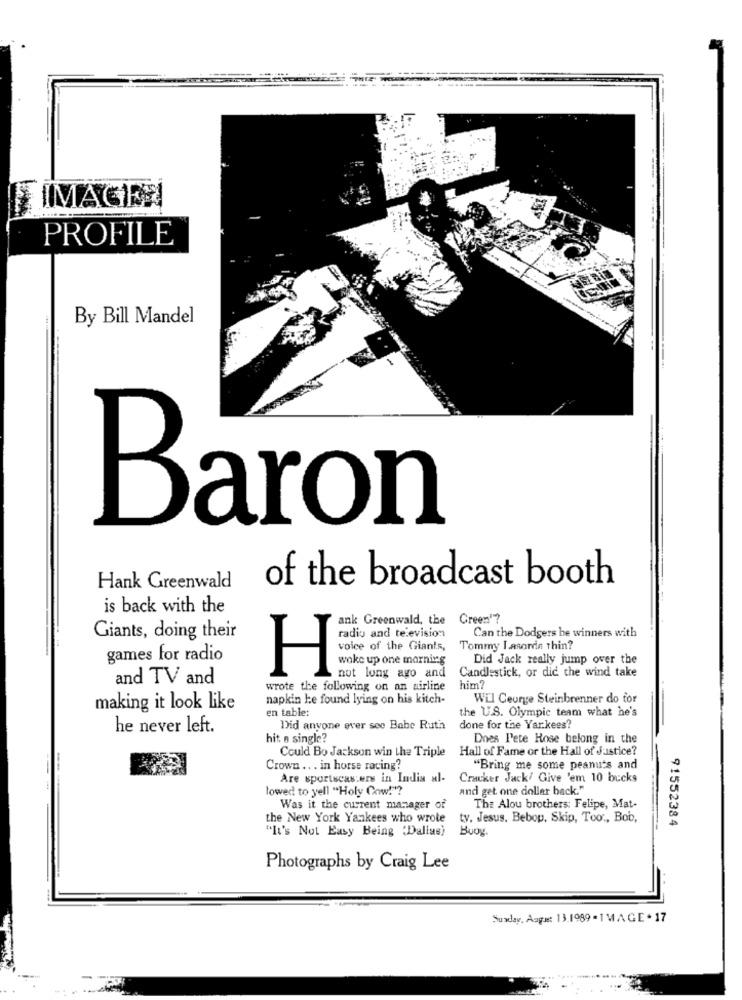
IMAGEN
PROFILE
By Bill Mandel
Baron
of the broadcast booth
Hank Greenwald
is back with the
ank Greenwald, the
Green"?
radio and television
Can the Dodgers be winners with
Giants, doing their
voice of the Giants,
Tommy Lasorda thin?
games for radio
woke up one morning
Did Jack really jump over the
Candlestick, or dic the wind take
and TV and
H
not long ago and
wrote the following on an airline
him?
napkin he found lying on his kitch-
Wil Ceurge Steinbrenner do tor
making it look like
en table:
the U.S. Olympic team what he's
he never left.
Did anyone over see Babe Ruth
done for the Yar.kees?
hit a single?
Dnes Pete Rose belong in the
Hall of Fame or the Hall of Justice?
Could Bo Jackson win the Triple
Crown .. . in horse racing?
"Bring me some peanuts and
Are sportscasters in India al-
Cracker Jack/ Give 'em 10 bucks
lowed to yell "Holy Cow!"?
and get one dollar back."
Was it the current manager of
The Alou brothers: Felipe, Mat-
the New York Yankees who wrote
ty. Jesus. Bebop, Skip, Too ., Bob,
91552384
"It's Not Easy Being "Dallas)
Buog.
Photographs by Craig Lee
Sunday, August 13.1989- 1 MAGE + 17